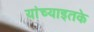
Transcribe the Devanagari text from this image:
यांच्याइतके